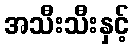
အသီးသီးနှင့်